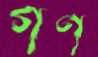
গণ